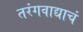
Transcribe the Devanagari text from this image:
तरंगवाद्याचं